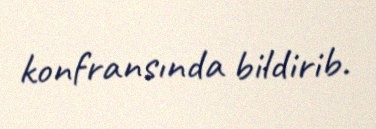
konfransında bildirib.